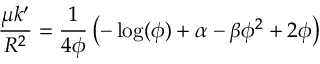
\frac { \mu k ^ { \prime } } { R ^ { 2 } } = \frac { 1 } { 4 \phi } \left( - \log ( \phi ) + \alpha - \beta \phi ^ { 2 } + 2 \phi \right)